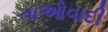
તાઓવાદી